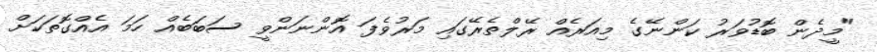
"މީދެން ބޮޑުވަރު ކަންނޭގެ މިއަރެއް ރޭލްތެރޭގައި މަރުވެފަ އޮންނަންވީ ސަބަބެއް ހަމަ އެއްގޮތަކަށް